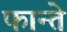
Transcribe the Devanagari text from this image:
फान्ते